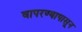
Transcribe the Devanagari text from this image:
वापरण्यापासून